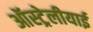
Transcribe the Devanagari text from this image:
ऑस्ट्रेलीयाई